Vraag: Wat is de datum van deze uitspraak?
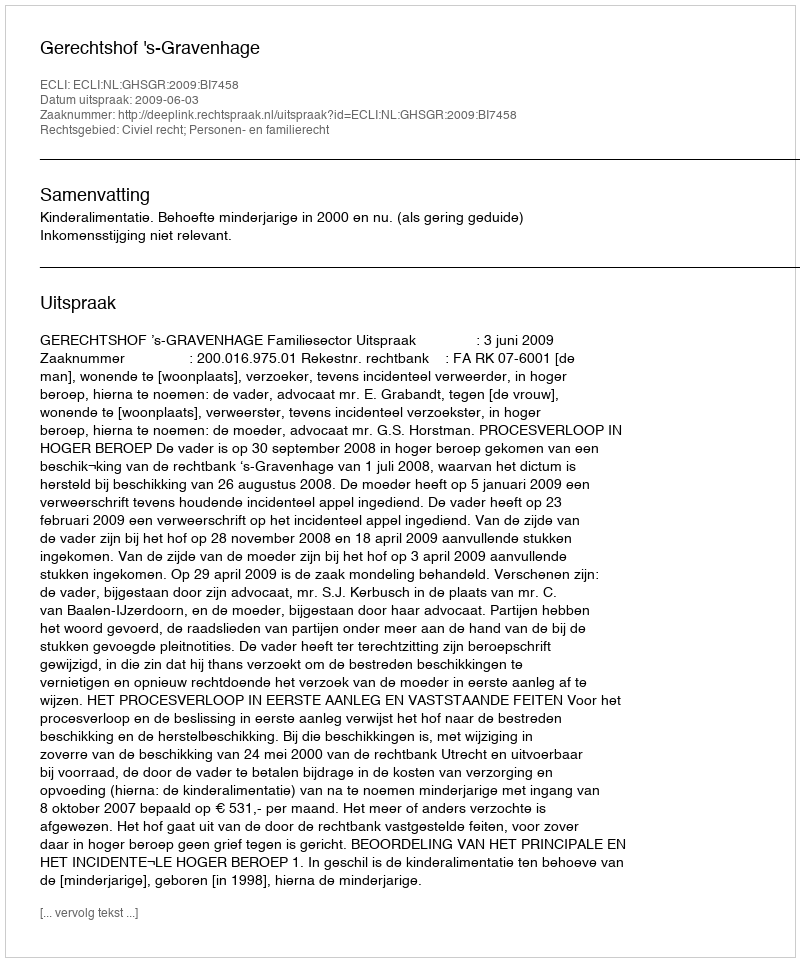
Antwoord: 2009-06-03